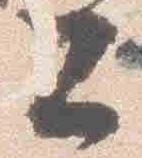
公